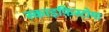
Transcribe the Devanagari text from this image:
स्काइफ़िस्टोमा